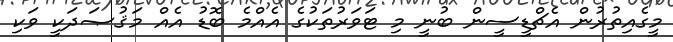
މީގެއިތުރުން އެޗްޑީސީން ބުނީ މި ޓަވަރުތަކުގެ އެއްމެ ބޮޑު އެއް މަޤުޞަދަކީ ވަކި